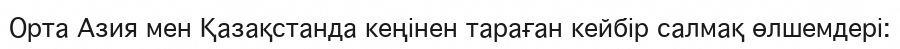
Орта Азия мен Қазақстанда кеңінен тараған кейбір салмақ өлшемдері: